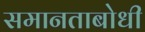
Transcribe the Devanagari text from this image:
समानताबोधी